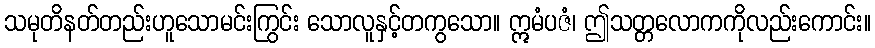
သမုတိနတ်တည်းဟူသောမင်းကြွင်း သောလူနှင့်တကွသော။ ဣမံပဇံ၊ ဤသတ္တလောကကိုလည်းကောင်း။